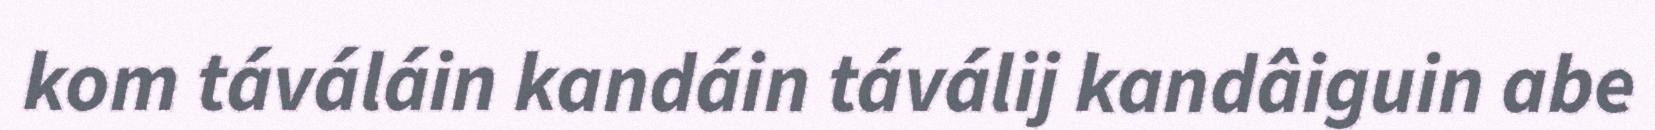
kom táváláin kandáin táválij kandâiguin abe